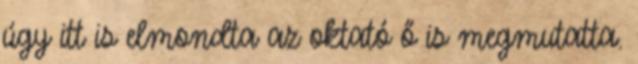
úgy itt is elmondta az oktató ő is megmutatta.